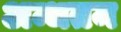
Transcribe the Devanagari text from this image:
अन्धतम